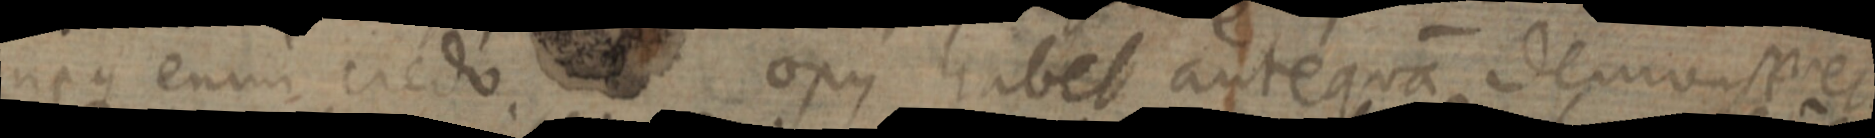
neque enim credo opus habet antequa demonseret